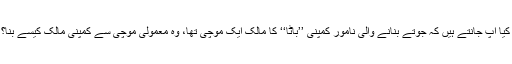
کیا آپ جانتے ہیں کہ جوتے بنانے والی نامور کمپنی ’’باٹا‘‘ کا مالک ایک موچی تھا، وہ معمولی موچی سے کمپنی مالک کیسے بنا؟